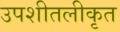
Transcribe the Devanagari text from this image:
उपशीतलीकृत